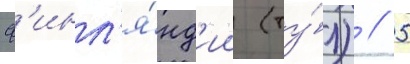
ф'инл'я́нд'ии (ту́л) // 5